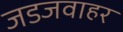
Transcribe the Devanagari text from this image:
जडजवाहर